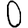
Digit: 0